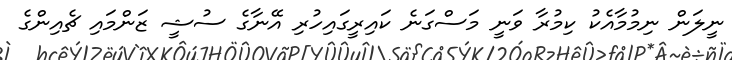
ނީލަން ނިމުމާއެކު ކިމުރާ ވަނީ މަސްގަނެ ކައިރީގައިހުރި އޭނާގެ ސުޝީ ޒަންމައި ޗެއިންގެ